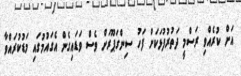
އަށް ކުރެއްވި ރަސްމީ ދަތުރުފުޅަކަށް ފަހު ސިންގަޕޫރަށް ވެސް ވަޑައިގެން އެގައުމުގައި މަޑުކުރައްވާ